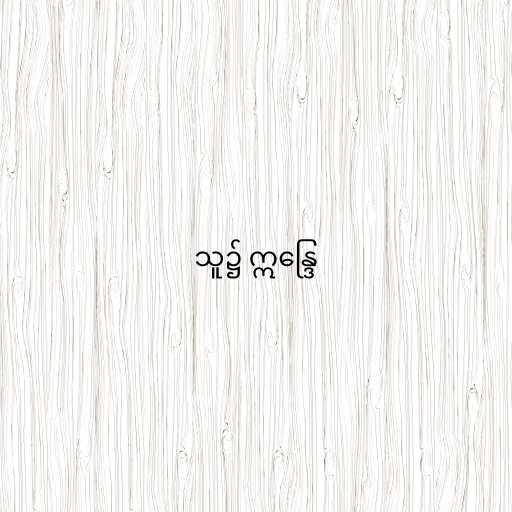
သူ၌ ဣန္ဒြေ